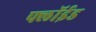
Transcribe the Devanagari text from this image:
फ्लॉईड